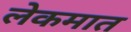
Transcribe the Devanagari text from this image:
लेकमात